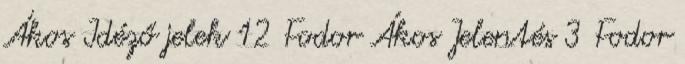
Ákos Idéző jelek 12 Fodor Ákos Jelentés 3 Fodor